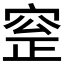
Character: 𡩞